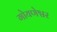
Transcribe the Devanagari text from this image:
गोयणेश्वर